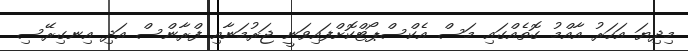
މިދިޔަ އަހަރު އާއްމު ގޮތެއްގައި މަސް އެކްސްޕޯޓްކޮށްފައިވަނީ ޖަރުމަނާއި ފްރާންސް އަދި އިނގިރޭސި